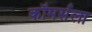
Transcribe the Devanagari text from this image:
कॉमर्सला